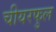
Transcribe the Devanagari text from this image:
चीयरफुल